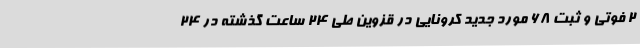
2 فوتی و ثبت 68 مورد جدید کرونایی در قزوین طی 24 ساعت گذشته در 24